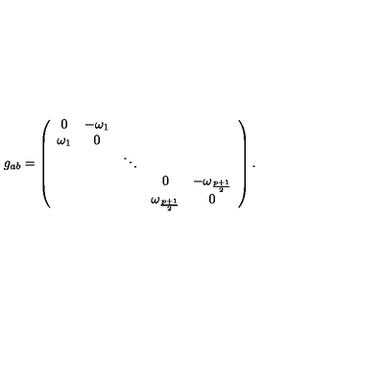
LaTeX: g _ { a b } = \left( \begin{array} { c c c c c } { 0 } & { - \omega _ { 1 } } & { } & { } & { } \\ { \omega _ { 1 } } & { 0 } & { } & { } & { } \\ { } & { } & { \ddots } & { } & { } \\ { } & { } & { } & { 0 } & { - \omega _ { \frac { p + 1 } { 2 } } } \\ { } & { } & { } & { \omega _ { \frac { p + 1 } { 2 } } } & { 0 } \\ \end{array} \right) .